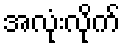
အလုံးလိုက်